Papers set at the Examination for Leaving Certificates, 1893
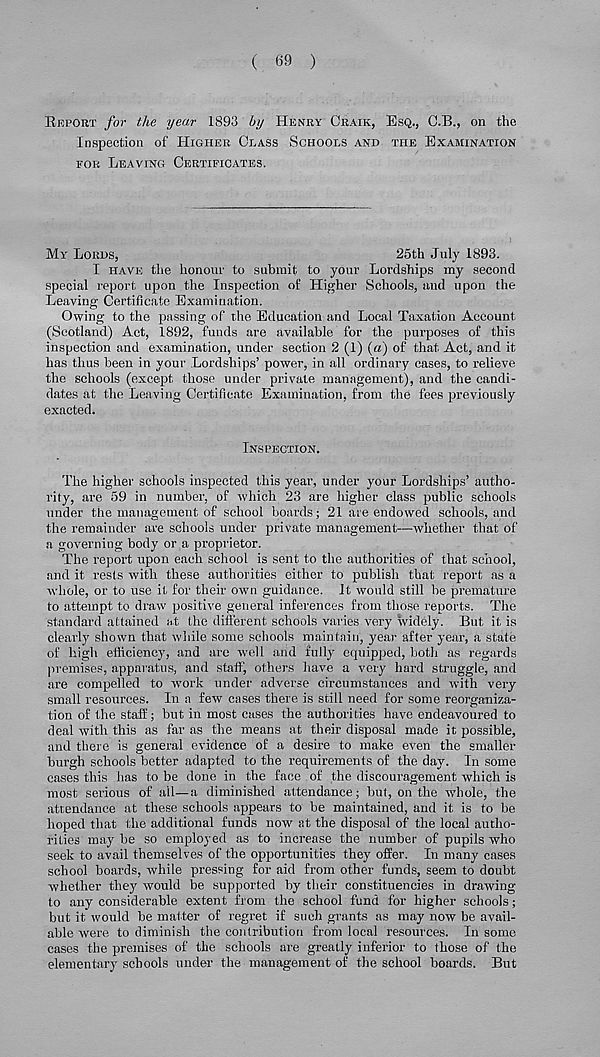
( 69 )
Beport for the year 1893 by Henry Oraik, Esq., C.B., on the
Inspection of Higher Class Schools and the Examination
for Leaving Certificates.
My Lords,
25th July 1893.
I have the honour to submit to your Lordships my second
special report upon the Inspection of Higher Schools, and upon the
Leaving Certificate Examination.
Owing to the passing of the Education and Local Taxation Account
(Scotland) Act, 1892, funds are available for the purposes of this
inspection and examination, under section 2 (1) (a) of that. Act, and it
has thus been in your Lordships’ power, in all ordinary cases, to relieve
the schools (except those under private management), and the candi-
dates at the Leaving Certificate Examination, from the fees previously
exacted.
Inspection.
The higher schools inspected this year, under your Lordships’ autho-
rity, are 59 in number, of which 23 are higher class public schools
under the management of school boards; 21 are endowed schools, and
the remainder are schools under private management—whether that of
a governing body or a proprietor.
The report upon each school is sent to the authorities of that school,
and it rests with these authorities either to publish that report as a
whole, or to use it for their own guidance. It would still be premature
to attempt to draw positive general inferences from those reports. The
standard attained at the different schools varies very widely. But it is
clearly shown that while some schools maintain, year after year, a state
of high efficiency, and are well and fully equipped, both as regards
premises, apparatus, and staff, others have a very hard struggle, and
are compelled to work under adverse circumstances and with very
small resources. In a few cases there is still need for some reorganiza-
tion of the staff; but in most cases the authorities have endeavoured to
deal with this as far as the means at their disposal made it possible,
and there is general evidence of a desire to make even the smaller
burgh schools better adapted to the requirements of the day. In some
cases this lias to be done in the face of the discouragement which is
most serious of ail—a diminished attendance; hut, on the whole, the
attendance at these schools appears to be maintained, and it is to be
hoped that the additional funds now' at the disposal of the local autho-
rities may be so employed as to increase the number of pupils who
seek to avail themselves of the opportunities they offer. In many cases
school hoards, while pressing for aid from other funds, seem to doubt
whether they would be supported by their constituencies in drawing
to any considerable extent from the school fund for higher schools;
but it would be matter of regret if such grants as may now be avail-
able were to diminish the contribution from local resources. In some
cases the premises of the schools are greatly inferior to those of the
elementary schools under the management of the school boards. But